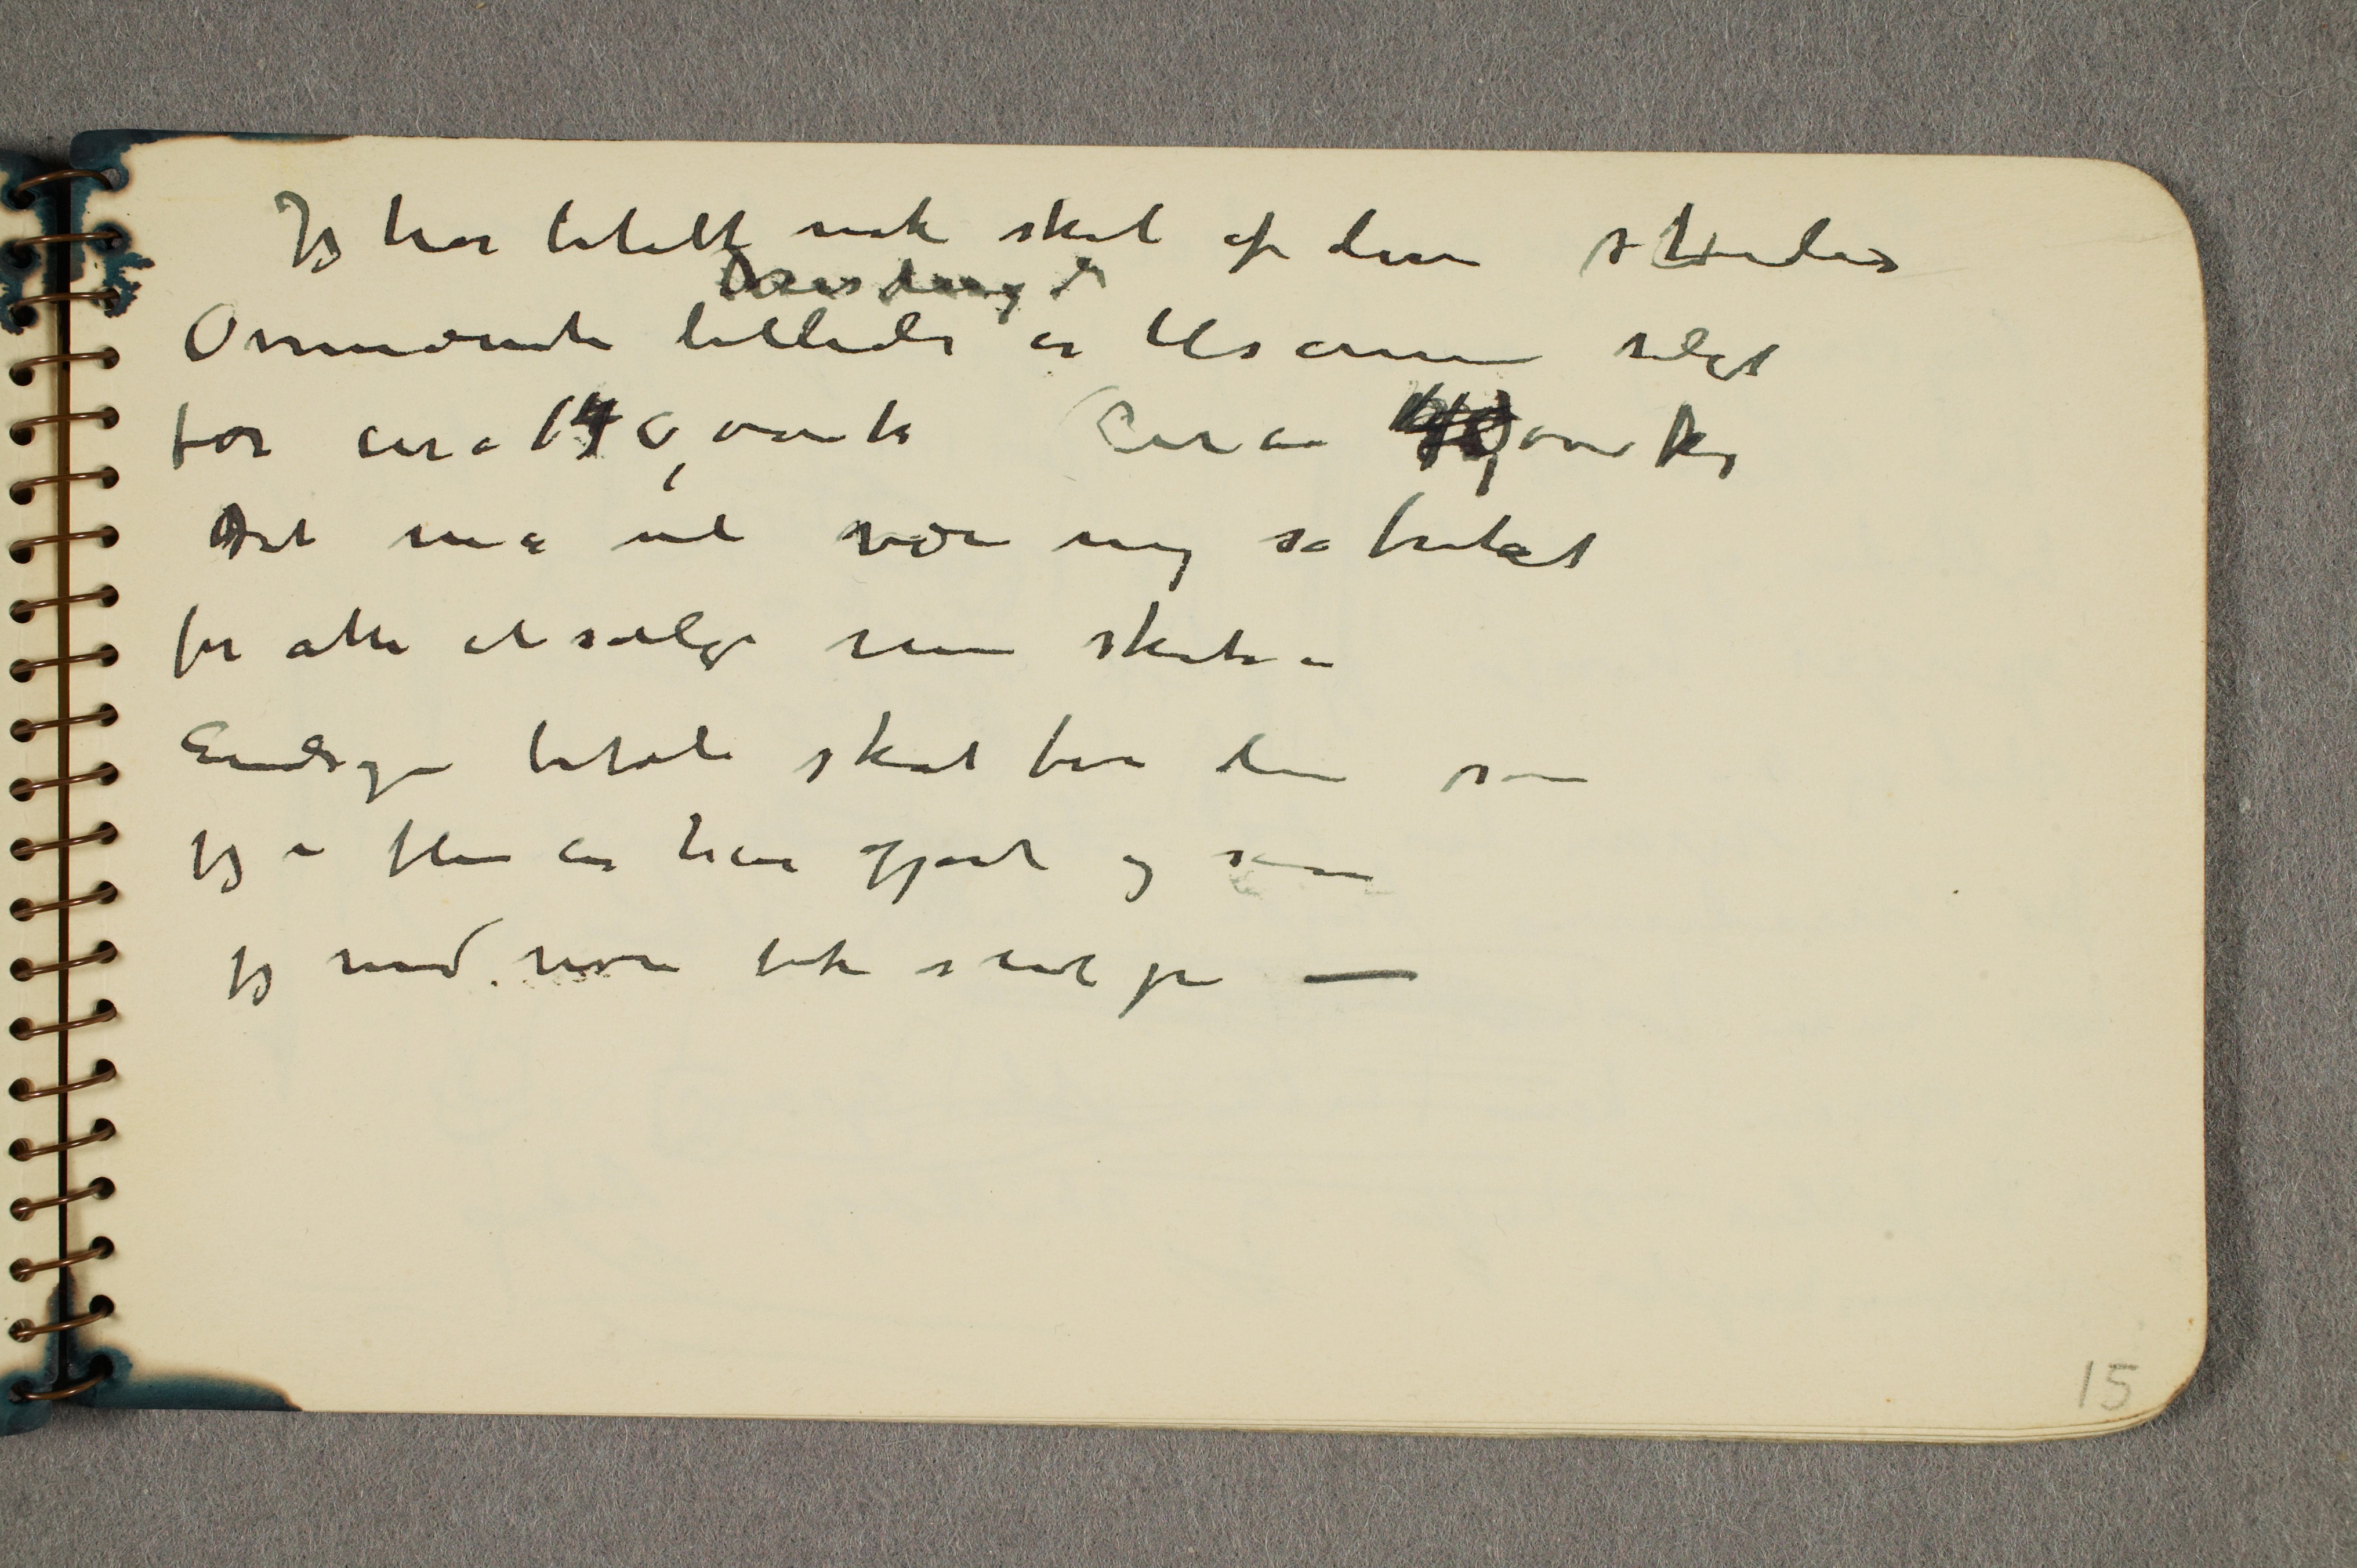
Jeg har betalt nok skat af disse studier
Ovennævnte billeder ... er tilsammen solgt
for circa 140,000 kr Circa 40,000 kr
Det må vel være nog så brutalt
for alle at sælge sine skitser –
Endog betale skat for dem som
jeg i flere år har gjort og som
jeg med ... fik skat på –